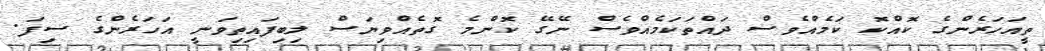
ތީއަހަރެންގެ ކޮއްކޮ ކަމެއްވެސް ދައްތަކަމެއްވެސް ނޭގޭ ކޮންމެ ގޮތެއްވިޔަސް ލިބިފައިތިވަނީ އަހަރެންގެ ސިފަ.